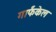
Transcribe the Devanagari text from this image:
गार्फंकेल